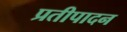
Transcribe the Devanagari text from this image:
प्रतीपादन